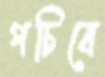
পচিবে